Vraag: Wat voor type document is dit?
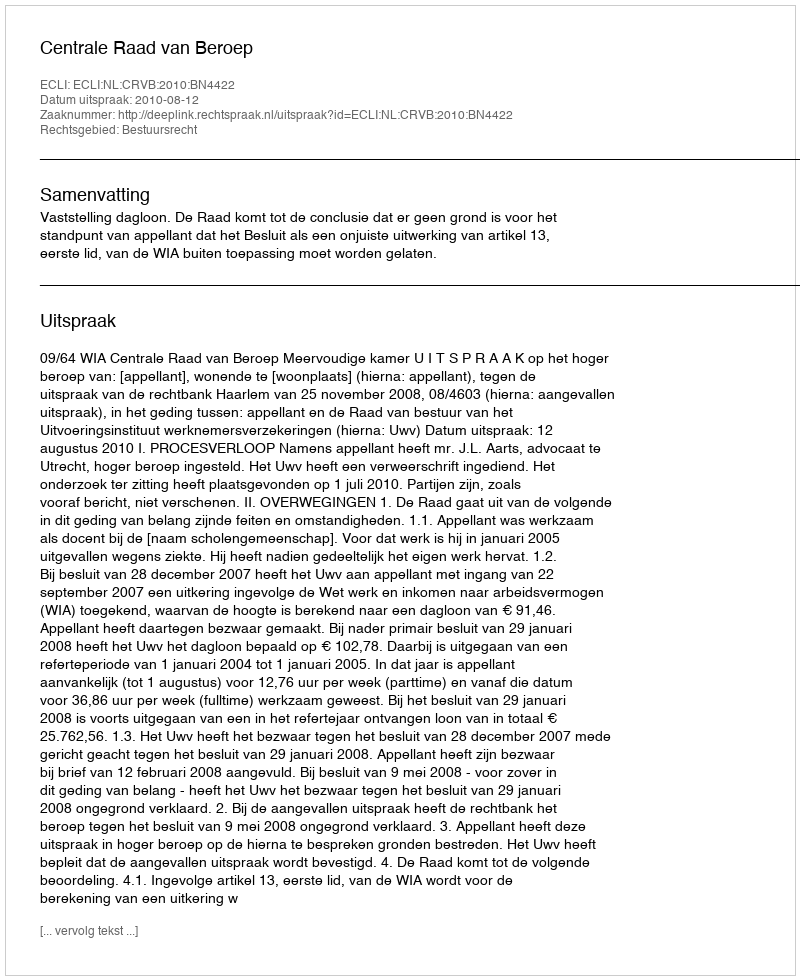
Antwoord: Uitspraak